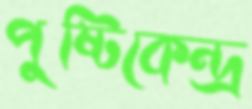
পুষ্টিকেন্দ্র